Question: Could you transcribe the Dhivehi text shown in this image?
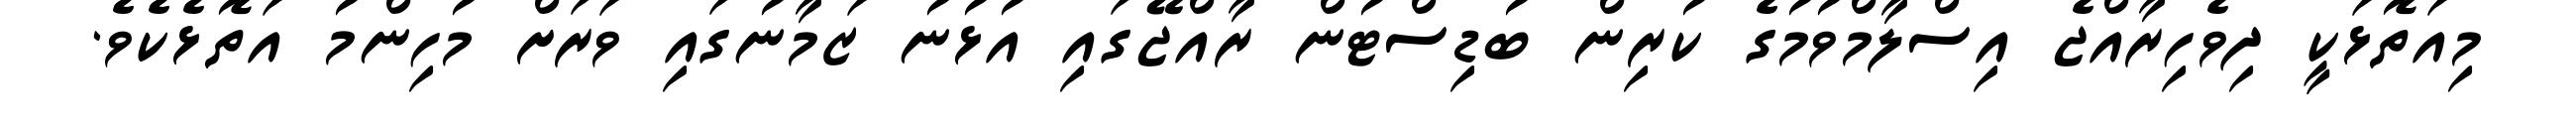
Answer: މިއަތޮޅަކީ ދިވެހިރާއްޖެ އިސްލާމްވުމުގެ ކުރިން ބުޑިސްޓުން ރާއްޖޭގައި އުޅުނު ޒަމާނުގައި ވަރަށް މުހިންމު އަތޮޅެކެވެ.